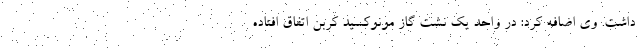
داشت. وی اضافه کرد: در واحد یک نشت گاز مونوکسید کربن اتفاق افتاده